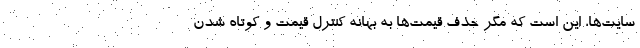
سایت‌ها، این است که مگر حذف قیمت‌ها به بهانه کنترل قیمت و کوتاه شدن